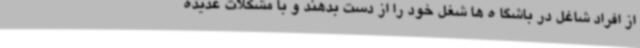
از افراد شاغل در باشگا ه ها شغل خود را از دست بدهند و با مشکلات عدیده